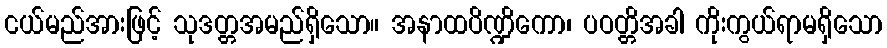
ငယ်မည်အားဖြင့် သုဒတ္တအမည်ရှိသော။ အနာထပိဏ္ဍိကော၊ ပဝတ္တိအခါ ကိုးကွယ်ရာမရှိသော